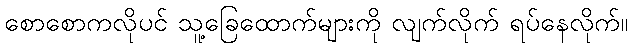
စောစောကလိုပင် သူ့ခြေထောက်များကို လျက်လိုက် ရပ်နေလိုက်။